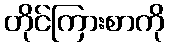
တိုင်ကြားစာကို